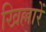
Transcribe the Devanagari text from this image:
खिल्लारें